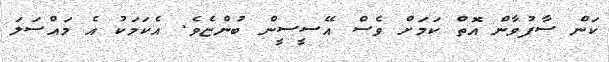
ކަން ސާފުވާން އޮތް ކަމަށް ވެސް އޭސީސީން ބުންޏެވެ. އެކަމަކު އެ މައްސަލަ